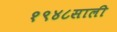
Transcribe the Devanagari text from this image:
१९४८साली